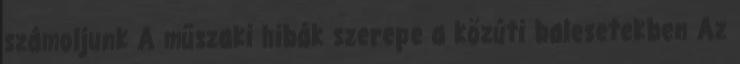
számoljunk A műszaki hibák szerepe a közúti balesetekben Az